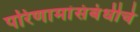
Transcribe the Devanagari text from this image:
परिणामांसंबंधीचे